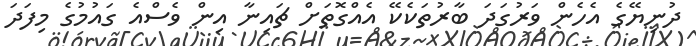
ދުނިޔޭގެ އެހެން ވަރުގަދަ ބާރުތަކެކޭ އެއްގޮތަށް ޗައިނާ އިން ވެސްއެ ގައުމުގެ މިފަދަ